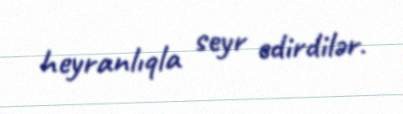
heyranlıqla seyr edirdilər.